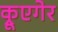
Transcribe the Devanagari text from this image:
क्रूएगेर